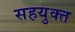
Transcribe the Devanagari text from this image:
सहयुक्त